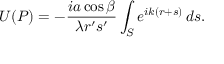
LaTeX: U ( P ) = - { \frac { i a \cos \beta } { \lambda r ^ { \prime } s ^ { \prime } } } \int _ { S } e ^ { i k ( r + s ) } \, d s .